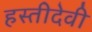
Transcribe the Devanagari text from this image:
हस्तीदेवी